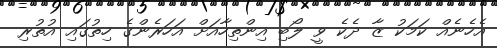
އެހެނެއް ކަމަކު ޒާ ދެކެ ވީ ލޯބި އިންތިހާއަށް އަހަރެންގެ ހިތުގައި އުތުރި